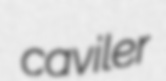
caviler